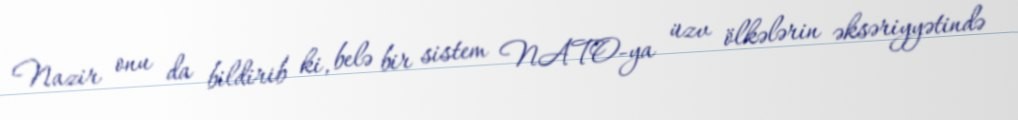
Nazir onu da bildirib ki, belə bir sistem NATO-ya üzv ölkələrin əksəriyyətində